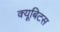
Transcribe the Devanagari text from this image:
क्यूबिटस